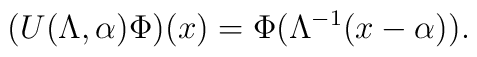
(U(\Lambda,\alpha)\Phi)(x) = \Phi(\Lambda^{-1}(x-\alpha)).